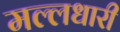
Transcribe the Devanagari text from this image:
मल्लधारी